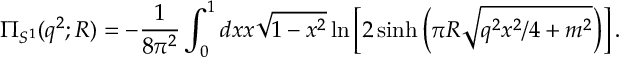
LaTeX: \Pi _ { S ^ { 1 } } ( q ^ { 2 } ; R ) = - { \frac { 1 } { 8 \pi ^ { 2 } } } \int _ { 0 } ^ { 1 } d x x \sqrt { 1 - x ^ { 2 } } \ln \left[ 2 \sinh \left( \pi R \sqrt { q ^ { 2 } x ^ { 2 } / 4 + m ^ { 2 } } \right) \right] .